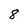
Character: 8